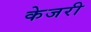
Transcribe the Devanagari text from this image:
केजरी